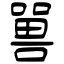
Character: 嘼